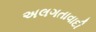
અલગતાવાદી